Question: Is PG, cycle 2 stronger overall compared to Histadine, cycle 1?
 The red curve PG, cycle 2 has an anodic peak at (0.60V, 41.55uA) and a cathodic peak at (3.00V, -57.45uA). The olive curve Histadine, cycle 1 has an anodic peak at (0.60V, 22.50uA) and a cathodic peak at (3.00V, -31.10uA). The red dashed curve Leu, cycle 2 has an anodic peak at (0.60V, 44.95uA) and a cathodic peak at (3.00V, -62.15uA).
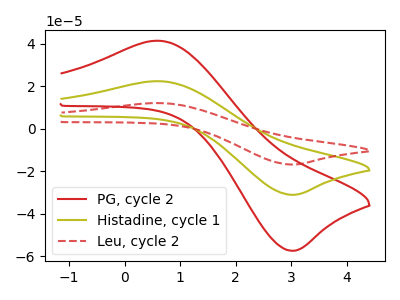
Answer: <think>All the peaks in "PG, cycle 2" have a peak in "Histadine, cycle 1" at the same potential. Every peak in "PG, cycle 2" is higher than every peak in "Histadine, cycle 1".
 </think>
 <answer>"PG, cycle 2" has more signal than "Histadine, cycle 1".</answer>
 <eval>more_signal</eval>